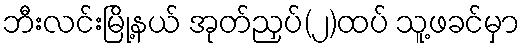
ဘီးလင်းမြို့နယ် အုတ်ညှပ်(၂)ထပ် သူ့ဖခင်မှာ